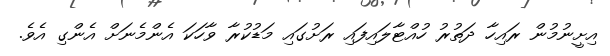
އިށީނުމުން ރައިހާ ދަތުރު ހުއްޓާލައިފައި ރަށުގައި މަޑުކުރާ ވާހަކަ އެންމެނަށް އެންގި އެވެ.